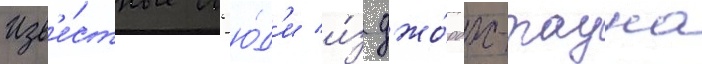
Изв'е́стные л'ю́д'и и́з джо́рдж-тауна